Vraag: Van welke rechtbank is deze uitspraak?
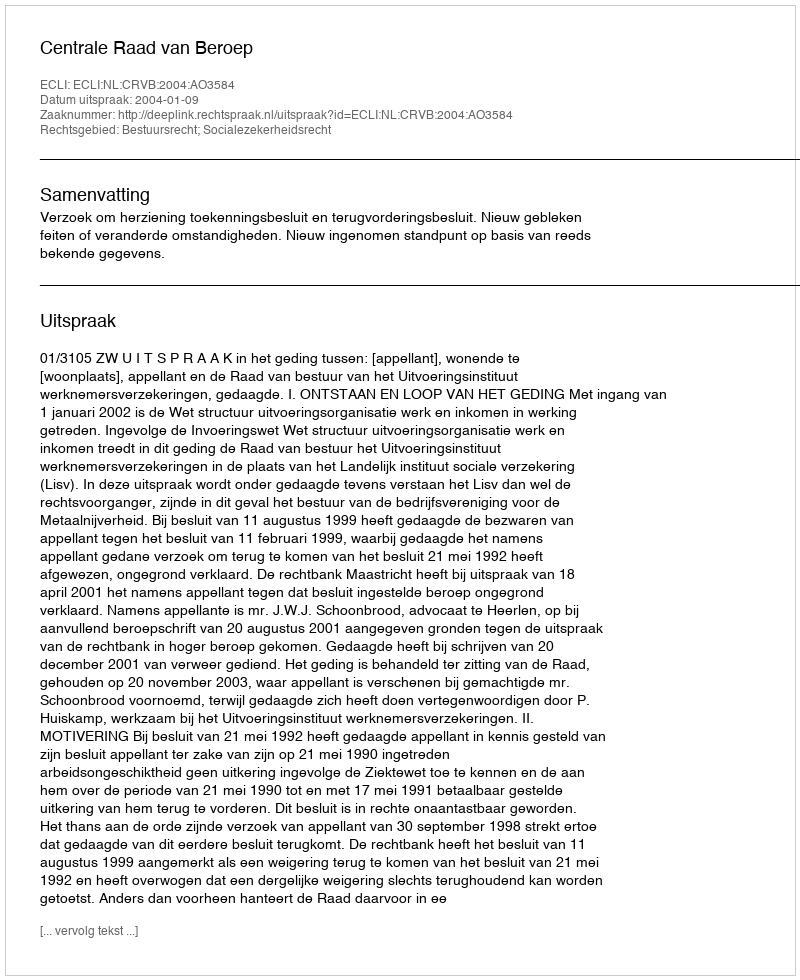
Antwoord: Centrale Raad van Beroep